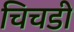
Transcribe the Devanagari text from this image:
चिचडी